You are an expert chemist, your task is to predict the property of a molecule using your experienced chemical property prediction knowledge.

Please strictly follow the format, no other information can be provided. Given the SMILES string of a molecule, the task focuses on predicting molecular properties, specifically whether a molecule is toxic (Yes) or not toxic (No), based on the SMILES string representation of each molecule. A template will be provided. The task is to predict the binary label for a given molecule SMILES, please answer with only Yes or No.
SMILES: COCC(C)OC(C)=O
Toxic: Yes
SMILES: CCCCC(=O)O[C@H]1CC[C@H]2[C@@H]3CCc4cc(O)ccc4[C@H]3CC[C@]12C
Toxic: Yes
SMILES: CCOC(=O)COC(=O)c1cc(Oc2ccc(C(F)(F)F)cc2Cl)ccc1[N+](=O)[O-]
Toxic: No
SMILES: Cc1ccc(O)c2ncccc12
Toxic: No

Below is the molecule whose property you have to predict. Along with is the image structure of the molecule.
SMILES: COC(C)OC
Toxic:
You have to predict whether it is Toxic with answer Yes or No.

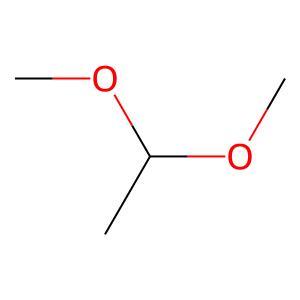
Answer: No